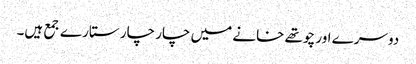
دوسرے اور چوتھے خانے میں چار چار ستارے جمع ہیں۔